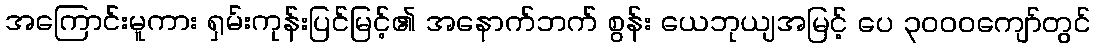
အကြောင်းမူကား ရှမ်းကုန်းပြင်မြင့်၏ အနောက်ဘက် စွန်း ယေဘုယျအမြင့် ပေ ၃၀၀၀ကျော်တွင်